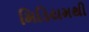
મિડિયમથી